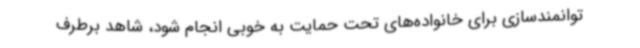
توانمندسازی برای خانواده‌های تحت حمایت به خوبی انجام شود، شاهد برطرف